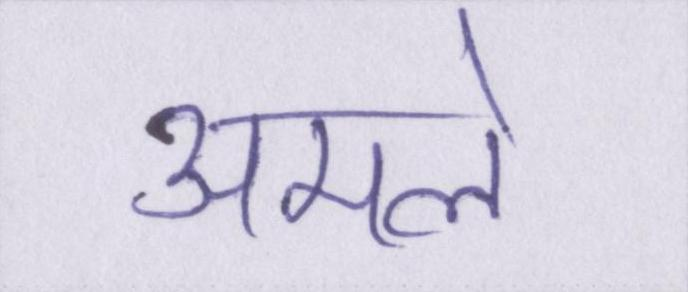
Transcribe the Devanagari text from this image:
अमले